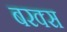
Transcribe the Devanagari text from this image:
बरक्‍स